Lunatic asylums Punjab 1895-1910 - 1895-1910
Year: 1895
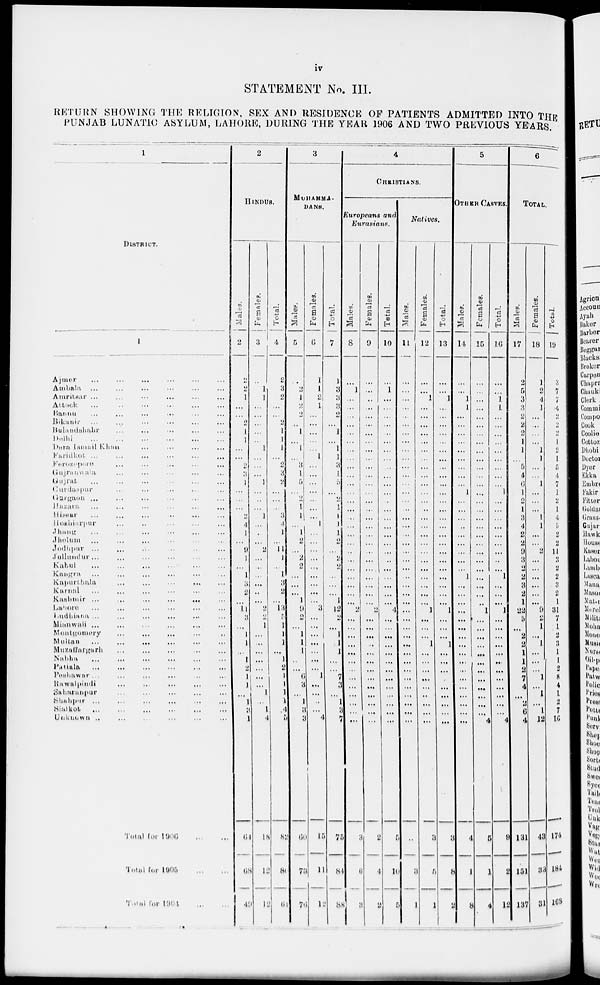
iv
STATEMENT No. III.
RETURN SHOWING THE RELIGION, SEX AND RESIDENCE OP PATIENTS ADMITTED INTO THE
PUNJAB LUNATIC ASYLUM, LAHORE, DURING THE YEAR 1906 AND TWO PREVIOUS YEARS.
1
DISTRICT.
1
Ajmer ... ... ... ... ... ...
Ambala ... ... ... ... ... ...
Amritsar ... ... ... ... ... ...
Attock
...
Bannu ... ... ... ... ... ...
Bikanir ... ... ... ... ... ...
Bulandshahr ... ... ... ... ... ...
Delhi ... ... ... ... ... ...
Dera Ismail Khan ... ... ... ...
Faridkot ... ... ... ... ... ...
Ferozepur ... ... ... ... ...
Gujranwala ... ... ... ... ...
Gujrat ... ... ... ... ... ...
Gurdaspur ... ... ... ... ...
Gurgaon ... ... ... ... ... ...
Bazara ... ... ... ... ... ...
Hissar ... ... ... ... ... ...
Hoshiarpur ... ... ... ... ...
Jhang ... ... ... ... ... ...
Jhelum ... ... ... ... ... ...
Jodhpur ... ... ... ... ... ...
Jullundur ... ... ... ... ... ...
Kabul ... ... ... ... ... ...
Kangra ... ... ... ... ... ...
Kapurthala ... ... ... ... ...
Karnal ... ... ... ... ... ...
Kashmir ...
...
...
...
...
Lahore ... ... ... ... ... ...
Ludhiana ... ... ... ... ... ...
Mianwali ... ... ... ... ... ...
Montgomery ... ... ... ... ...
Multan ... ... ... ... ... ...
Muzaffargarh ... ... ... ... ...
Nabha ... ... ... ... ... ...
Patiala ... ... ... ... ... ...
Peshawar ... ... ... ... ... ...
Rawalpindi ... ... ... ... ...
Saharanpur ... ... ... ... ... ...
Shahpur ... ... ... ... ... ...
Sialkot ... ... ... ... ... ...
Unknown ... ... ... ... ... ...
Total for 1906 ... ... ... ... ...
Total for 1905
...
...
Total for 1904 ... ...
2
HINDUS.
Males.
2
2
2
1
...
...
2
1
1
...
...
2
3
1
...
...
...
2
4
1
...
9
1
...
1
3
2
...
11
3
...
1
1
...
1
2
1
1
...
1
3
1
6
68
49
Females.
3
...
1
1
...
...
...
...
...
1
...
...
...
1
...
...
...
1
...
...
...
2
...
...
...
...
...
...
2
2
1
...
...
...
...
...
...
...
1
...
1
4
18
12
12
Total.
4
2
3
2
...
...
2
1
1
1
...
2
3
2
...
...
...
3
4
1
...
11
1
...
1
3
2
...
13
5
1
1
1
...
1
2
1
1
1
1
4
5
82
80
61
3
MUHAMMA-
DANS.
Males.
5
...
2
1
2
2
...
1
...
1
...
3
1
5
...
2
1 1
...
1
2
...
2
2
...
...
...
1
9
2
...
1
1
1
...
...
6
3
...
1
3
3
60
73
76
Females.
6
1
1
2
1
...
...
...
...
...
1
...
...
...
...
...
...
...
1
...
...
...
...
...
...
...
...
...
3
...
...
...
...
...
...
...
1
...
...
...
...
4
15
11
12
Total.
7
1
3
3
3
2
...
1
...
1
1
3
1
5
...
2
1
1
1
1
2
...
2
2
...
...
...
1
12
2
...
1
1
1
...
...
7
3
...
1
3
7
75
84
88
4
CHRISTIANS.
Europeans
and
Eurasians.
Males.
8
...
1
...
...
...
...
...
...
...
...
...
...
...
...
...
...
...
...
...
...
...
...
...
...
...
...
...
2
...
...
...
...
...
...
...
...
...
...
...
...
...
3
6
3
Females.
9
...
...
...
...
...
...
...
...
...
...
...
...
...
...
...
...
...
...
...
...
...
...
...
...
...
...
...
2
...
...
...
...
...
...
...
...
...
...
...
...
...
2
4
2
Total.
10
...
1
...
...
...
...
...
...
...
...
...
...
...
...
...
...
...
...
...
...
...
...
...
...
...
...
...
4
...
...
...
...
...
...
...
...
...
...
...
...
...
5
10
5
Natives.
Males.
11
...
...
...
...
...
...
...
...
...
...
...
...
...
...
...
...
...
...
...
...
...
...
...
..
...
...
...
...
...
...
...
...
...
...
...
...
...
...
...
...
...
...
3
1
Females.
12
...
...
1
...
...
...
...
...
...
...
...
...
...
...
...
...
...
...
...
...
...
...
...
...
...
...
...
1
...
...
...
1
...
...
...
...
...
...
...
...
...
3
5
1
Total.
13
...
...
1
...
...
...
...
...
...
...
...
...
...
...
...
...
...
...
...
...
...
...
...
...
...
...
...
1
...
...
...
1
...
...
...
...
...
...
...
...
...
3
8
2
5
OTHER CASTES.
Males.
14
...
...
1
1
...
...
...
...
...
...
...
...
...
1
...
...
...
...
...
...
...
...
...
1
...
...
...
...
...
...
...
...
...
...
...
...
...
...
...
...
...
4
1
8
Females.
15
...
...
...
...
...
...
...
...
...
...
...
...
...
...
...
...
...
...
...
...
...
...
...
...
...
...
...
1
...
...
...
...
...
...
...
...
...
...
...
...
4
5
1
4
Total.
16
...
...
1
1
...
...
...
...
...
...
...
...
... 1
...
...
...
...
...
...
...
...
...
1
...
...
...
1
...
...
...
...
...
...
...
...
...
...
...
...
4
9
2
12
6
TOTAL.
Males.
17
2
5
3
3
2
2
2
1
1
...
5
4
6
1
2
1
3
4
2
2
9
3
2
2
3
2
1
22
5
...
2
2
1
1
2
7
4
...
2
6
4
13
151
137
Females.
18
1
2
4
1
...
...
...
...
1
1
...
...
1
...
...
...
1
1
...
...
2
...
...
...
...
...
...
9
2
1
...
1
...
...
...
1
...
1
...
1
12
43
33
31
Total.
19
3
7
7
4
2
2
2
1
2
1
5
4
7
1
2
1
4
5
2
2
11
3
2
2
3
2
1
31
7
l
2
3
1
1
2
8
4
1
2
7
16
174
184
168